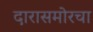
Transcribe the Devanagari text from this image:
दारासमोरचा